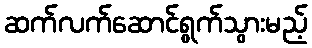
ဆက်လက်ဆောင်ရွက်သွားမည့်